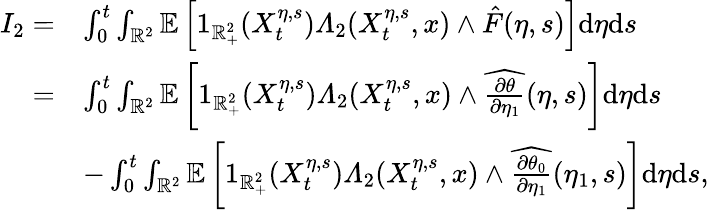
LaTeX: \begin{array}{rl}{I_{2}=}&{\int_{0}^{t}\int_{\mathbb{R}^{2}}\mathbb{E}\left[1_{\mathbb{R}_{+}^{2}}(X_{t}^{\eta,s})\varLambda_{2}(X_{t}^{\eta,s},x)\wedge\hat{F}(\eta,s)\right]\mathrm{d}\eta\mathrm{d}s}\\ {=}&{\int_{0}^{t}\int_{\mathbb{R}^{2}}\mathbb{E}\left[1_{\mathbb{R}_{+}^{2}}(X_{t}^{\eta,s})\varLambda_{2}(X_{t}^{\eta,s},x)\wedge\widehat{\frac{\partial\theta}{\partial\eta_{1}}}(\eta,s)\right]\mathrm{d}\eta\mathrm{d}s}\\ &{-\int_{0}^{t}\int_{\mathbb{R}^{2}}\mathbb{E}\left[1_{\mathbb{R}_{+}^{2}}(X_{t}^{\eta,s})\varLambda_{2}(X_{t}^{\eta,s},x)\wedge\widehat{\frac{\partial\theta_{0}}{\partial\eta_{1}}}(\eta_{1},s)\right]\mathrm{d}\eta\mathrm{d}s,}\end{array}